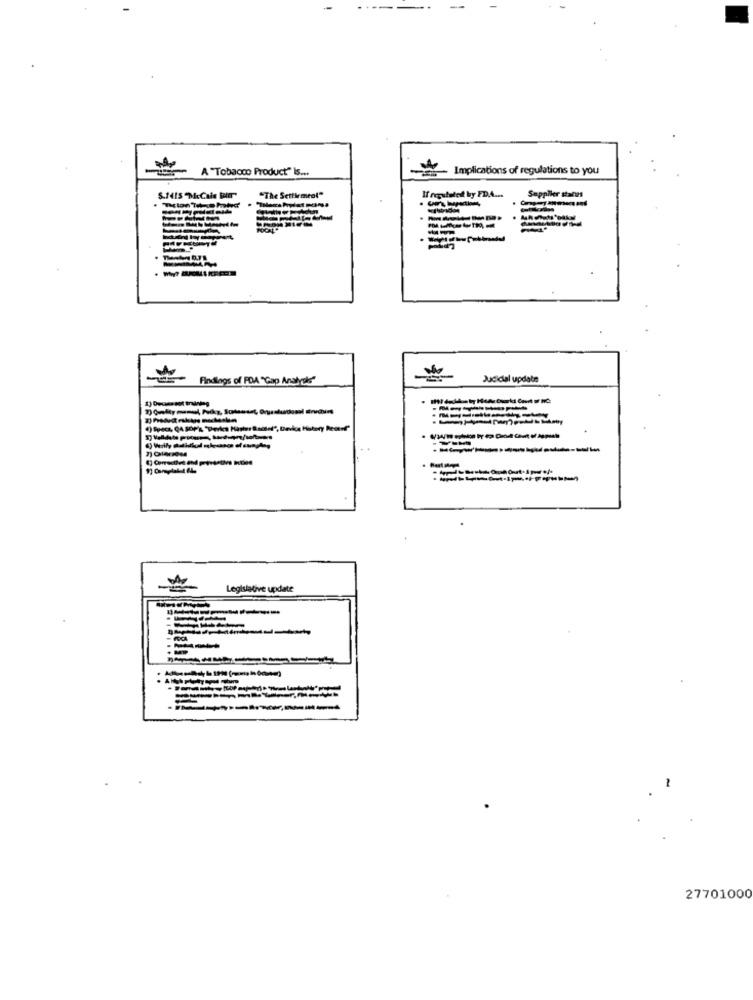
A "Tobacco Product" Is ...
Implications of regulations to you
"The Setfirmenl"
If regulated by FD.A ...
Supplier status
S.1415 McCale Bir"
Findings of PDA "Gap Anstyle"
Judicial update
Legislative update
27701000